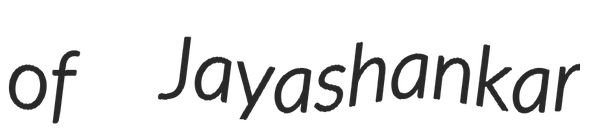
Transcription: of  Jayashankar